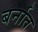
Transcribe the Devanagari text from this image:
बर्नात